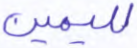
لليمين